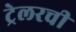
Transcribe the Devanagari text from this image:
ट्रेलरची